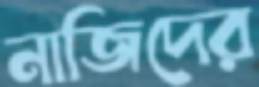
নাজিদের